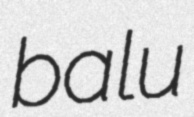
balu